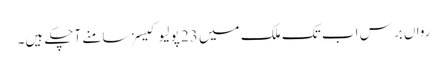
رواں برس اب تک ملک میں 23 پولیو کیسز سامنے آچکے ہیں۔